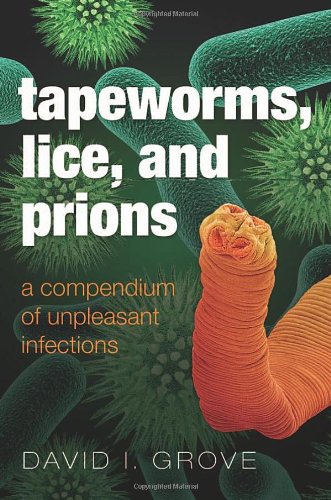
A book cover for Tapeworms, Lice, and Prions: A compendium of unpleasant infections; David Grove; Health, Fitness & Dieting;